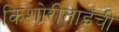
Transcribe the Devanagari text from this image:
किशोरीताईंची